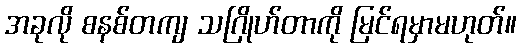
အခုလို စနစ်တကျ သဂြိုဟ်တာကို မြင်ရမှာမဟုတ်။